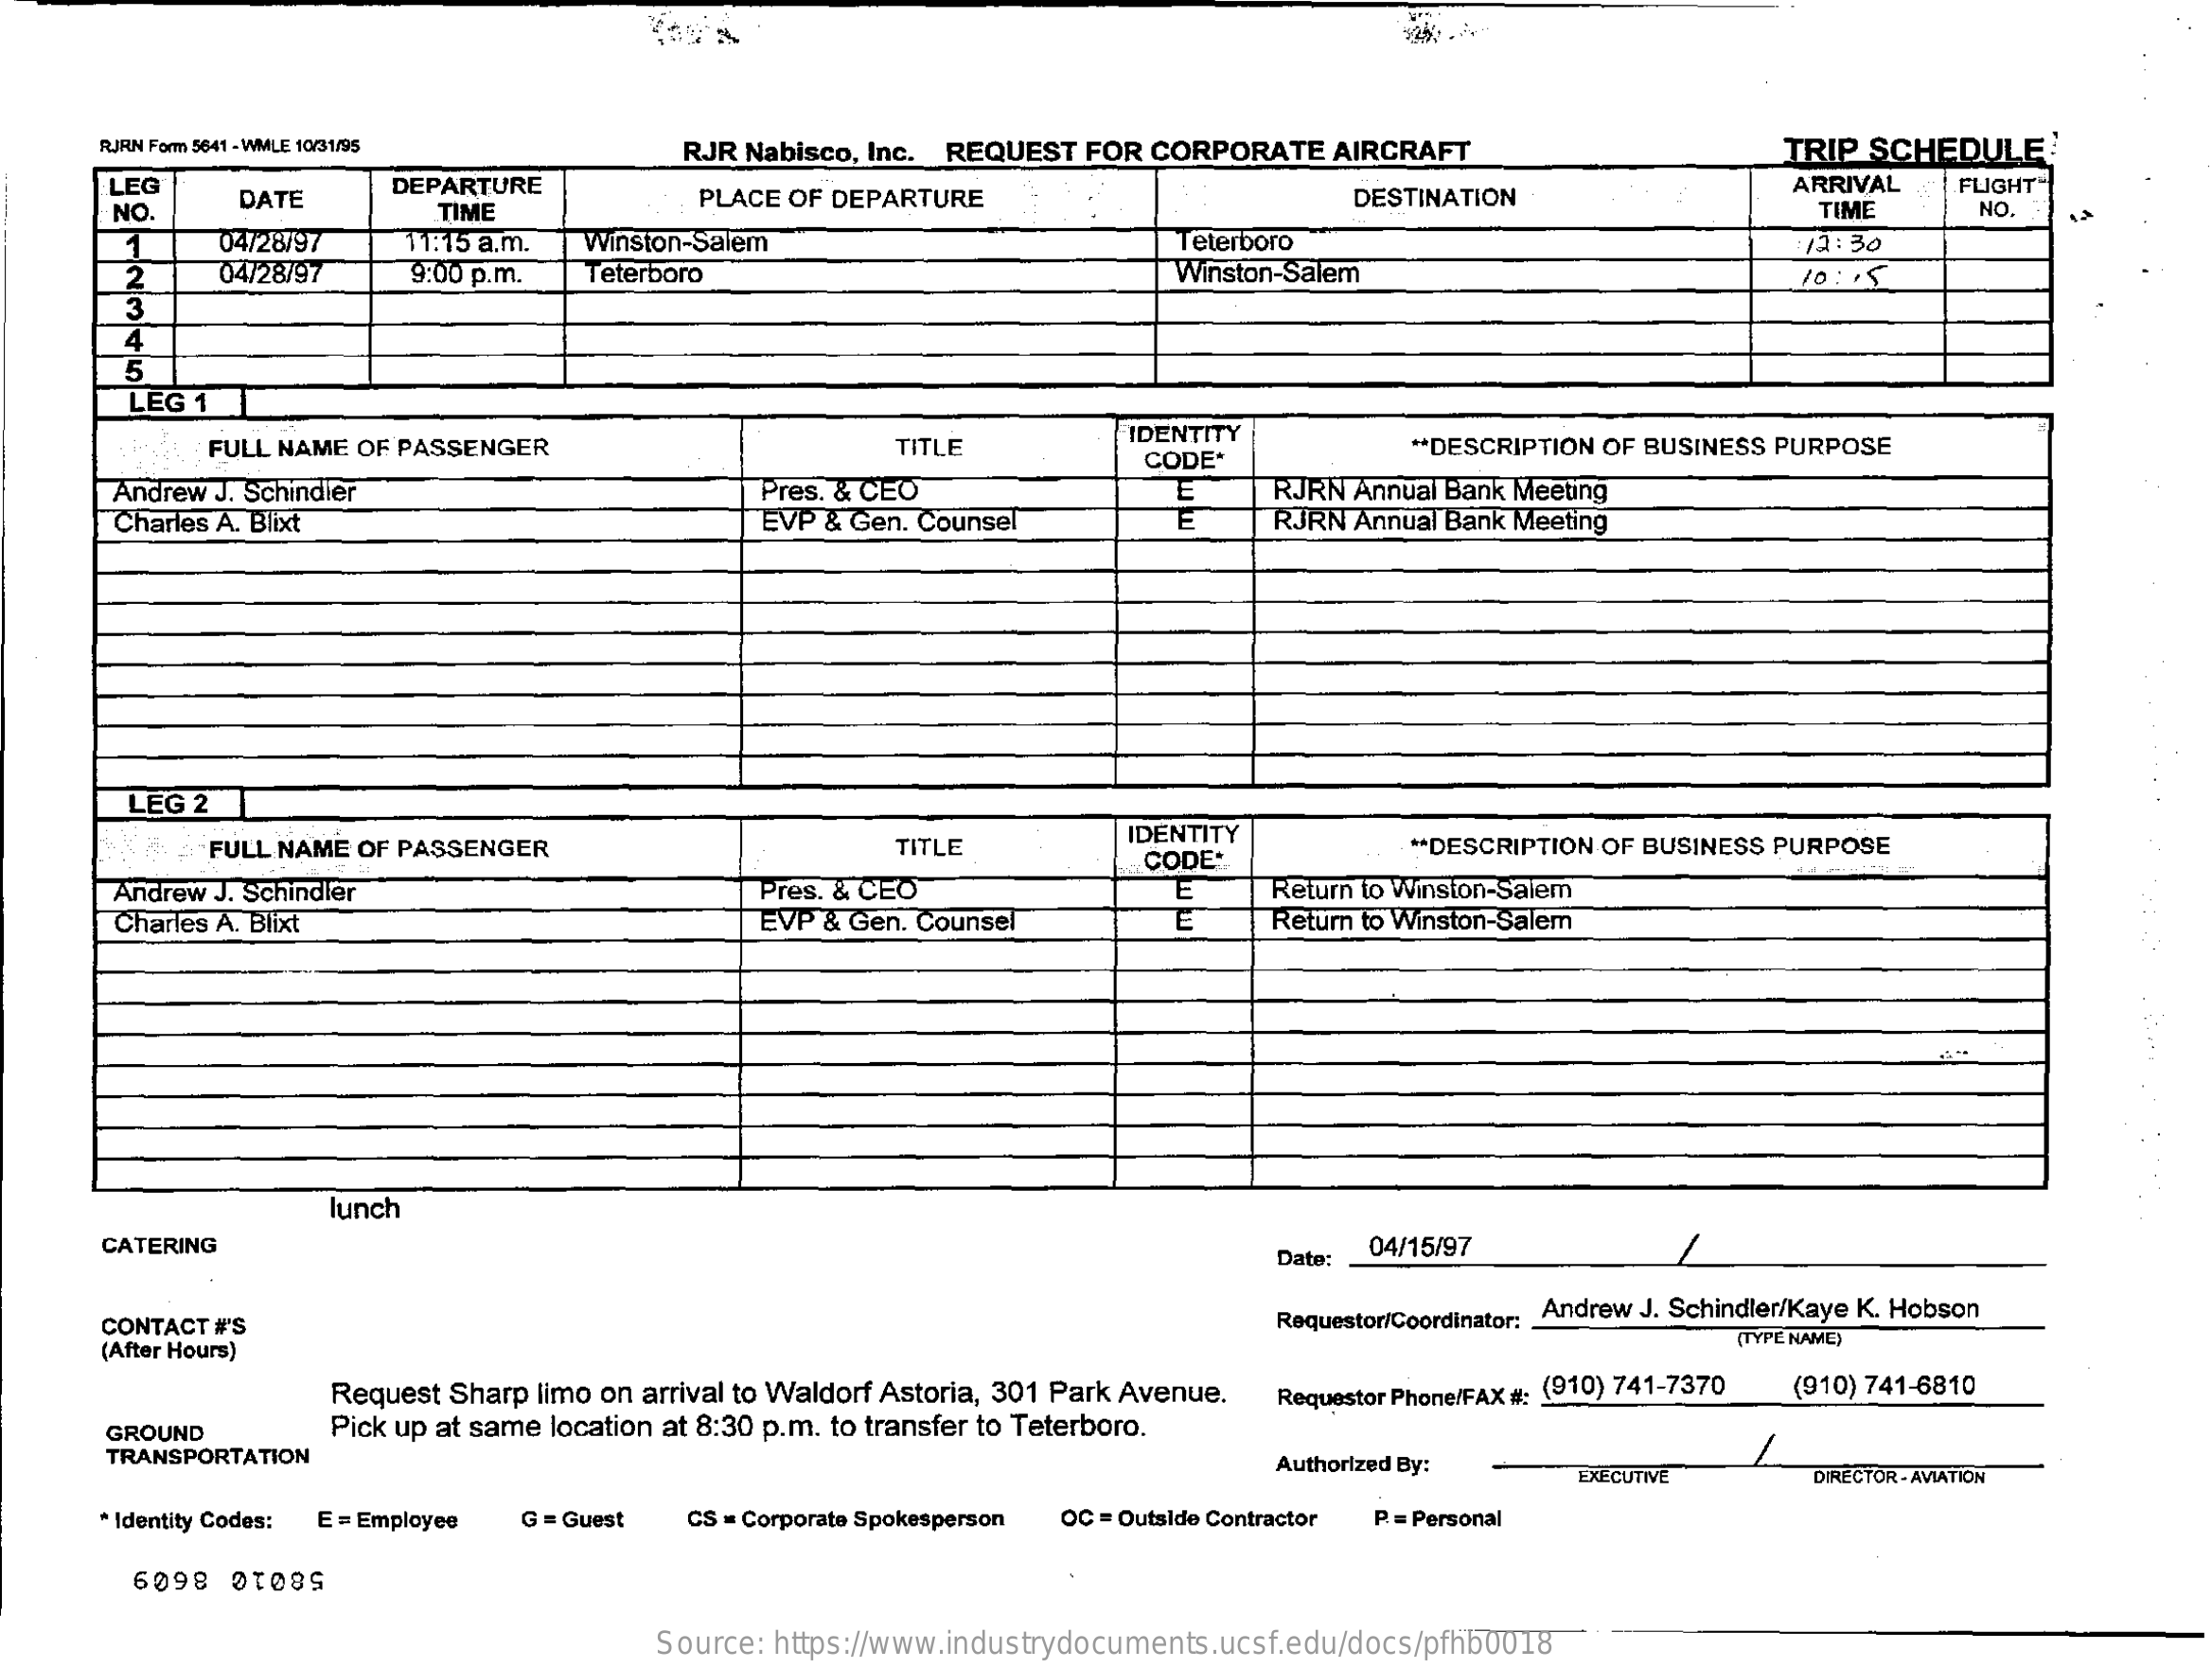
RJRN Form 5641 - WMLE 10/31/95    RJR Nabisco, Inc. REQUEST FOR CORPORATE AIRCRAFT    TRIP  SCHEDULE!
     LEG
     DATE
     DEPARTURE    PLACE OF DEPARTURE    DESTINATION    ARRIVAL   FLIGHT"
     NO.    TIME    TIME    NO.
     1    04/28/97   11:15 a.m. Winston-Salem    Teterboro    :12:30
     2    04/28/97    9:00 p.m.  Teterboro    Winston-Salem
     3
     4
     5
     LEG 1
     FULL NAME OF PASSENGER    TITLE    IDENTITY
     CODE*
     ** DESCRIPTION OF BUSINESS PURPOSE
     Andrew J. Schindler    Pres. & CEO    E    RJRN Annual Bank Meeting
     Charles A. Blixt    EVP & Gen. Counsel    RJRN Annual Bank Meeting
     LEG 2
     "NA  "FULL NAME OF PASSENGER    TITLE
     IDENTITY
     CODE-
     ** DESCRIPTION OF BUSINESS PURPOSE
     Andrew J. Schindler    Pres. & CEO    Return to Winston-Salem
     Charles A. Blixt    EVP & Gen. Counsel    Return to Winston-Salem
     lunch
     CATERING
     Date:
     04/15/97
     CONTACT #'S    Requestor/Coordinator: Andrew J. Schindler/Kaye K. Hobson
     (After Hours)
     (TYPE NAME)
     Request Sharp limo on arrival to Waldorf Astoria, 301 Park Avenue.    (910) 741-6810
     GROUND    Pick up at same location at 8:30 p.m. to transfer to Teterboro.
     Requestor Phone/FAX #: (910) 741-7370
     TRANSPORTATION    Authorized By:    EXECUTIVE    DIRECTOR - AVIATION
     * Identity Codes: E = Employee G = Guest CS = Corporate Spokesperson OC = Outside Contractor P. = Personal
     58010 8609
     Source: https://www.industrydocuments.ucsf.edu/docs/pfhb0018